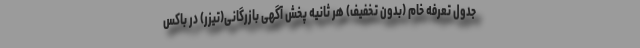
جدول تعرفه خام (بدون تخفیف) هر ثانیه پخش آگهی بازرگانی(تیزر) در باکس